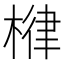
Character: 𣕖